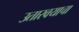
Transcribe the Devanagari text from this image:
उतारवयाचा